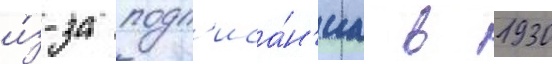
и́з-за подп'иса́н'иа в 1930